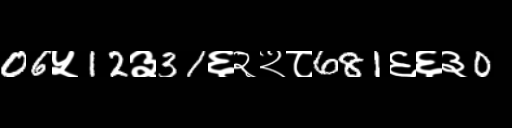
Text: 06५12३31६२२८681६६३0